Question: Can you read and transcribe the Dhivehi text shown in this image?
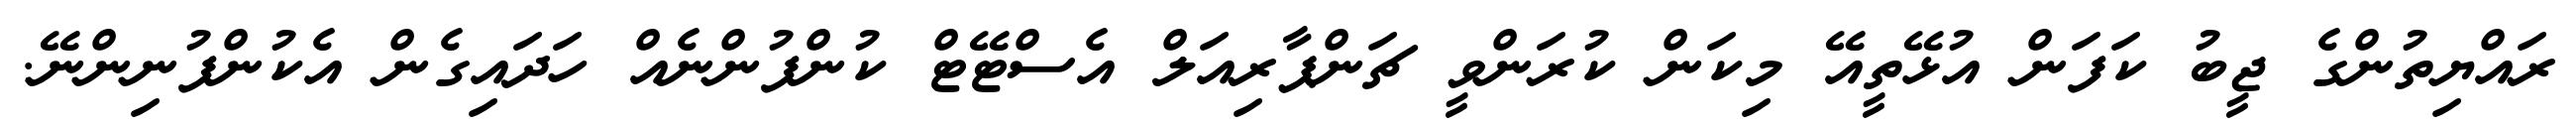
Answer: ރައްޔިތުންގެ ޖީބު ކަފަން އުޅޭތީއޭ މިކަން ކުރަންވީ ޗަންޕާރިއަލް އެސްޓޭޓް ކުންފުންނެއް ހަދައިގެން އެކުންފުނިންނޭ.